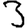
Digit: 3